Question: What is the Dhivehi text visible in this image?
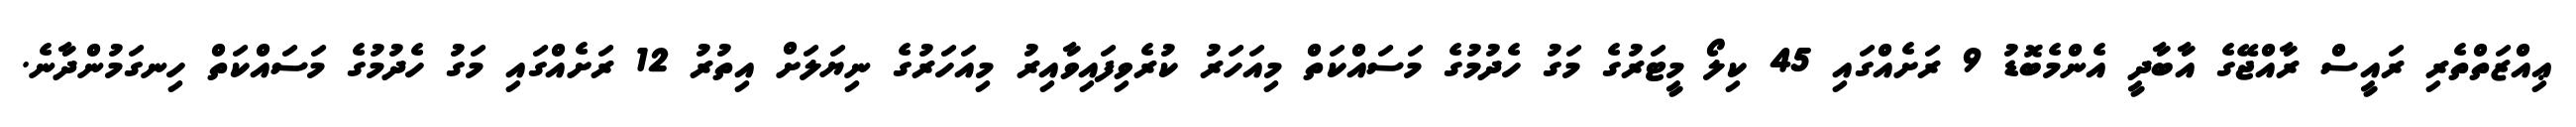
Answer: ޢިއްޒަތްތެރި ރައީސް ރާއްޖޭގެ އާބާދީ އެންމެބޮޑު 9 ރަށެއްގައި 45 ކިލޯ މީޓަރުގެ މަގު ހެދުމުގެ މަސައްކަތް މިއަހަރު ކުރެވިފައިވާއިރު މިއަހަރުގެ ނިޔަލަށް އިތުރު 12 ރަށެއްގައި މަގު ހެދުމުގެ މަސައްކަތް ހިނގަމުންދާނެ.